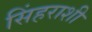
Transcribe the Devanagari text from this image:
सिंहराशी